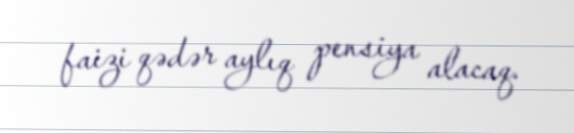
faizi qədər aylıq pensiya alacaq.